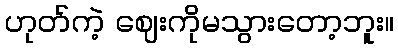
ဟုတ်ကဲ့ ဈေးကိုမသွားတော့ဘူး။